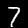
Label: 7